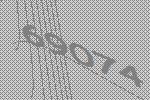
69074